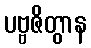
ပဗ္ဗဇိတွာန